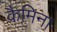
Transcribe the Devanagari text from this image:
कैमिना